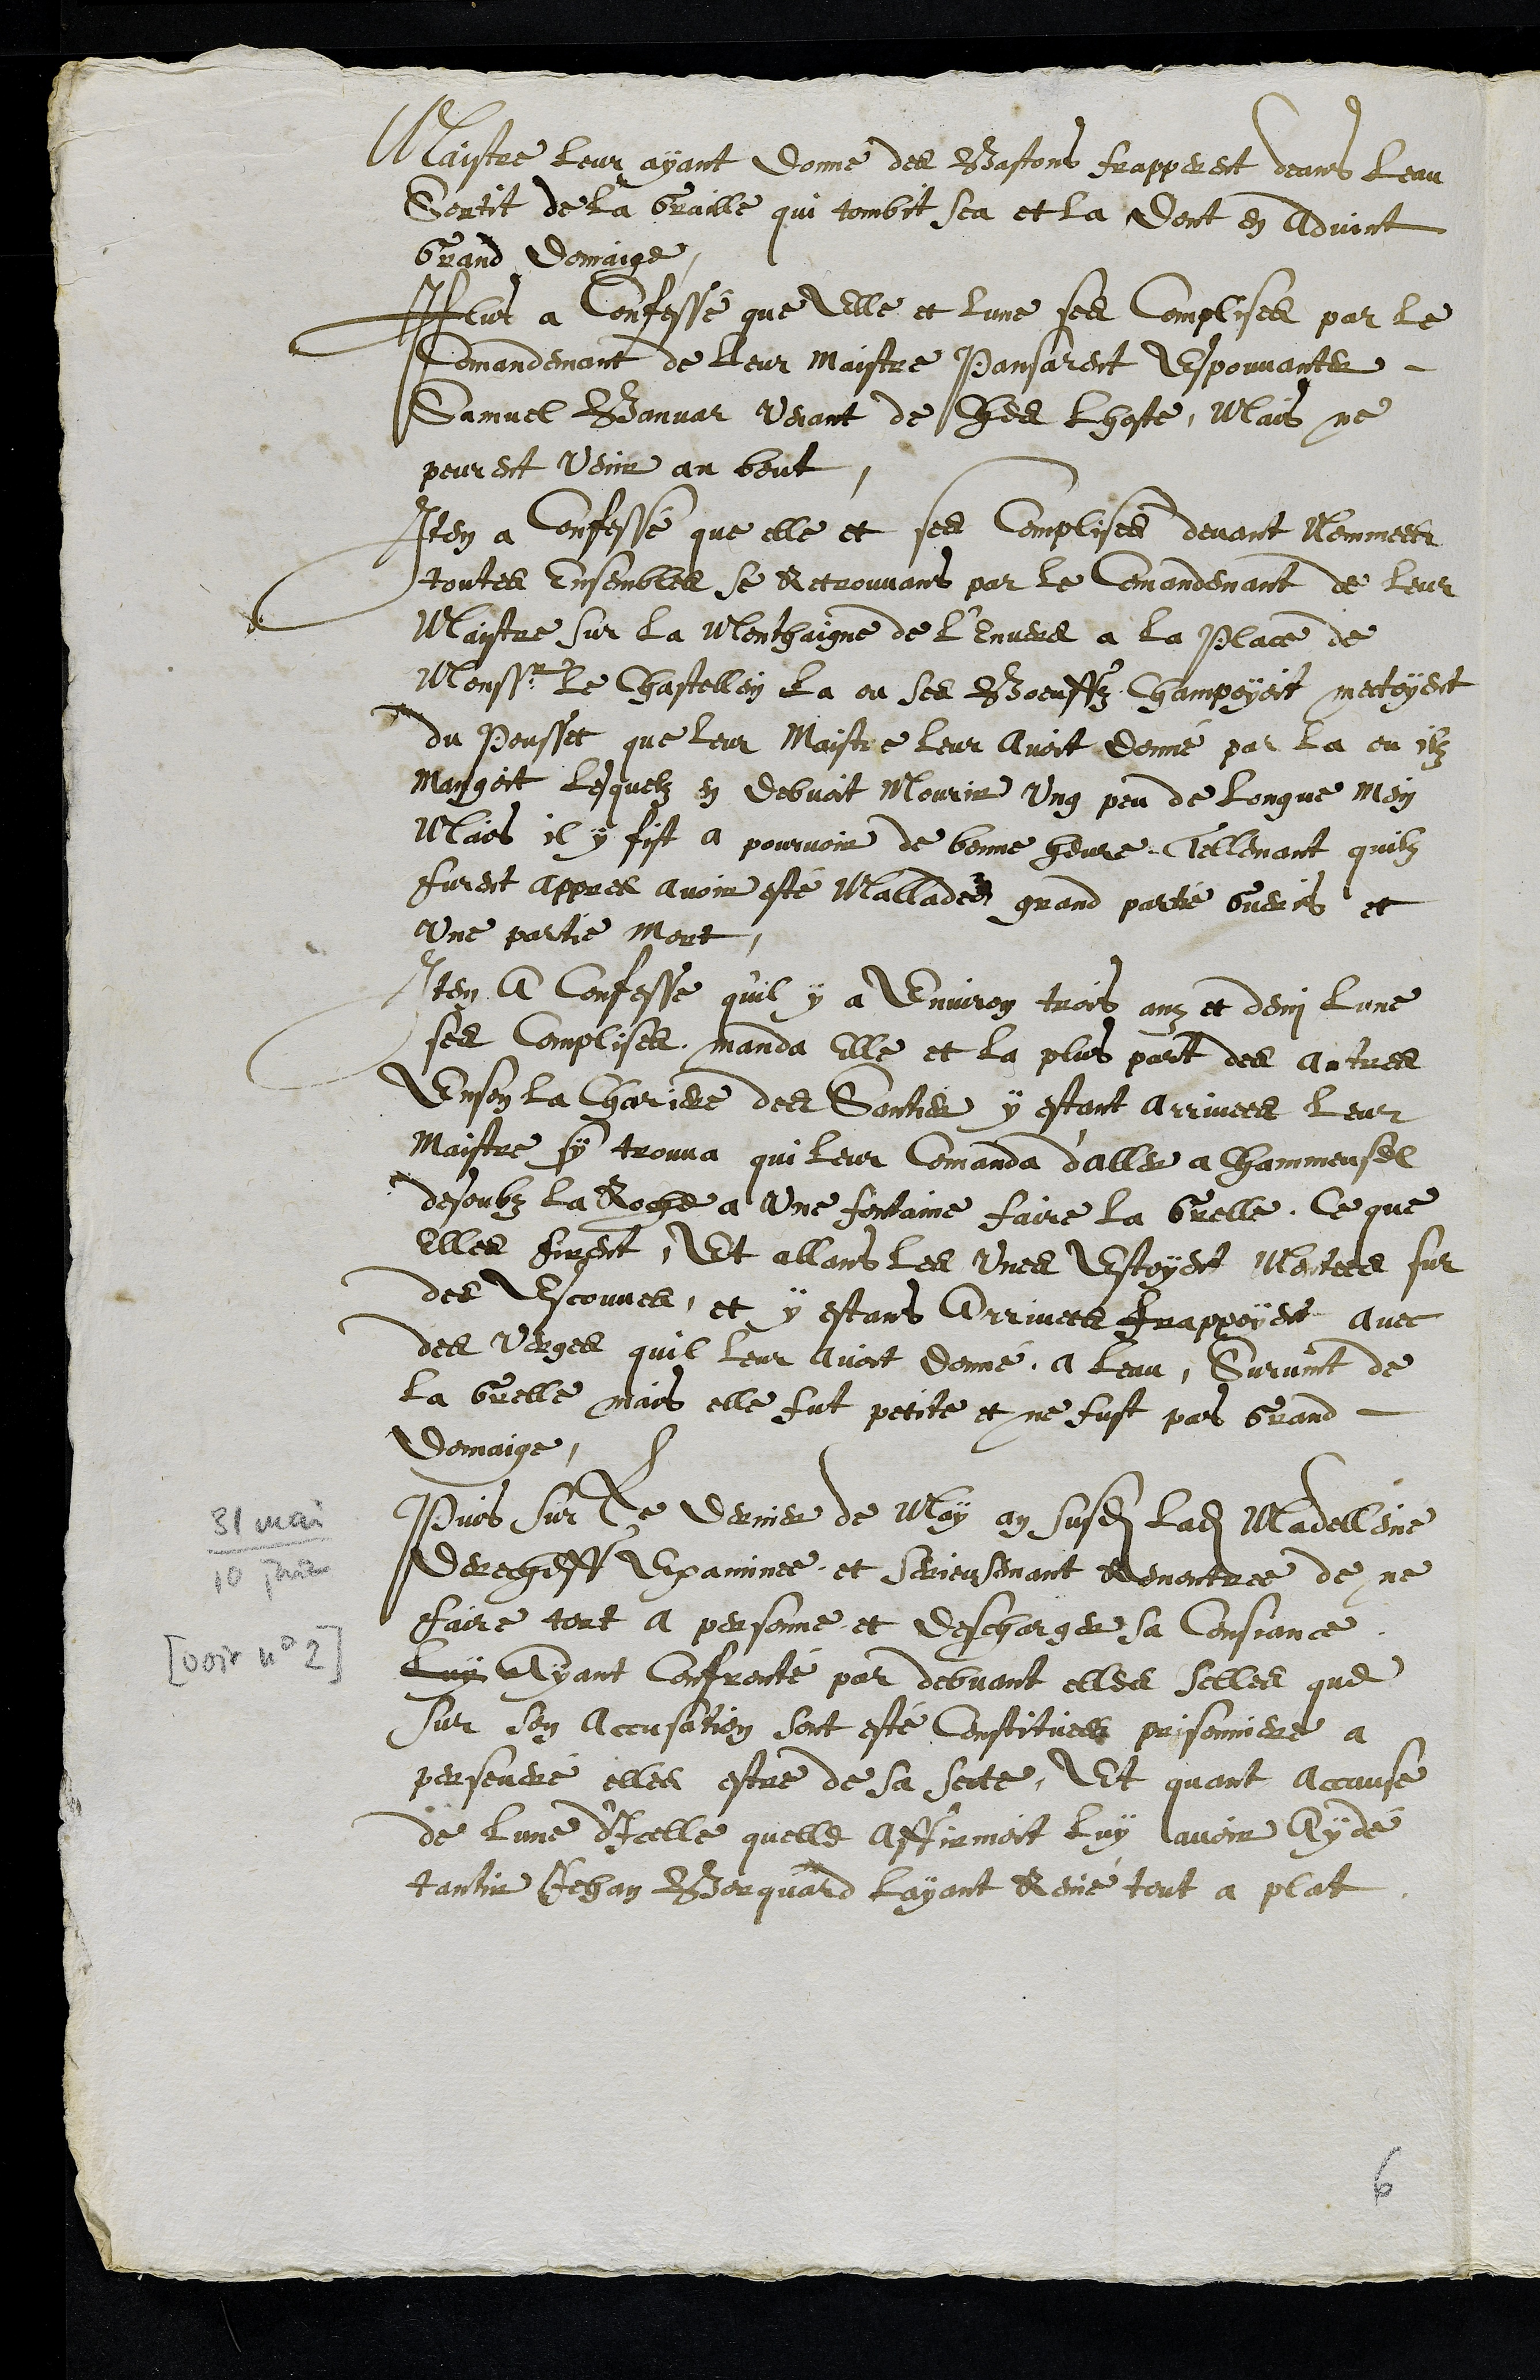
31 mai
10 juin
[voir no 2]
Maistre leur ayant donne des Bastons frapperent deans leau
Sortit de la Graille qui tombit sca et la Dont en advint
Grand domaige
Plus a Confessé que elle et lune ses complises par le
Comandemant de leur maistre pansarent Espouvanter
Samuel Banvar venant de Ches lhoste, Mais ne
peurent venir au bout
Item a confessé que elle et ses complise devant Nommees
toutes ensembles se retrouvans par le Comandemant de leur
Maistre sur la monthaigne de l'envers a la place de
Monssr le Chastellein la ou ses Boeuffz Champoyoit mectoyent
du pousset que leur Maistre leur avoit donné par la ou ilz
Mangoit lesquelz en debvoit mourir ung peu de longue mein
Mais il y fist a pourvoir de bonne heure, Tellemant quilz
furent appres avoir esté mallades grand partie Gueris et
Une partie Mort
Item a confesse qu'il y a environ trois anz et demi lune
ses complises manda elle et la plus part des autres
Enson la chariere des Santier, y estant arrivees leur
Maistre sy trouva qui leur Comanda d'aller a Chammeusel
desoubz la Roche a une fortaine faire la Grelle, Ce que
elles firent, Et allans les unes Estoyent montees sur
des Escouves et y estans arrivees frappoyent avec
des verges quil leur avoit donné a leau, Survint de
la Grelle mais elle fut petite et ne fust pas Grand
domaige
Puis sur le dernier de May an susdit ladite Mandelleine
derecheff Examinee, et serieusemant Remontree de ne
faire tort a personne et descharger sa consciance
luy ayant confronté par debvant elles selles que
Sur son accusation sont esté constituees prisonniere a
perseveré elles estre de sa secte, Et quant accause
de lune d'icelle quelle affirmoit luy lavoir Aydé
tantir Jehan Bourquard layant Renié tout a plat
6